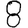
Digit: 8